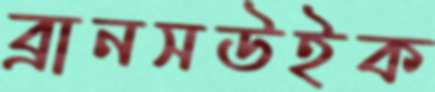
ব্রানসউইক